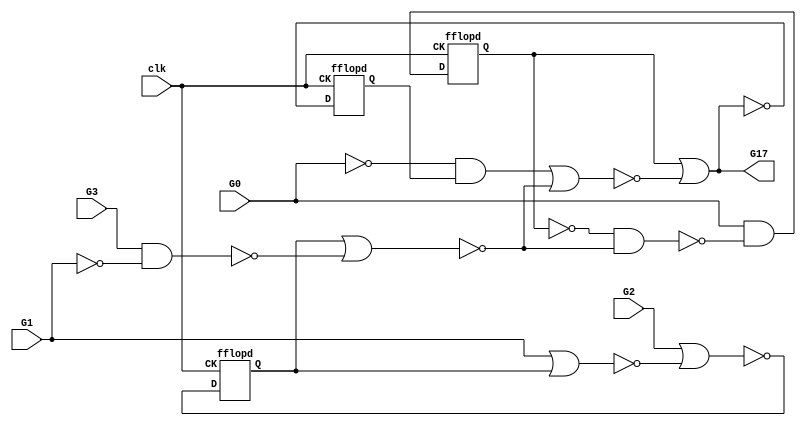

// Generated by Cadence Genus(TM) Synthesis Solution 16.22-s033_1
// Generated on: Jun 19 2020 15:25:45 EDT (Jun 19 2020 19:25:45 UTC)

// Verification Directory fv/s27

module s27(clk, G0, G1, G17, G2, G3);
  input clk, G0, G1, G2, G3;
  output G17;
  wire clk, G0, G1, G2, G3;
  wire G17;
  wire G5, G6, G7, n_0, n_1, n_2, n_3, n_4;
  wire n_5, n_6, n_7, n_8, n_9, n_10, n_11, n_12;
  wire n_20, n_21;
  fflopd DFF_0_Q_reg(.CK (clk), .D (n_12), .Q (G5));
  fflopd DFF_1_Q_reg(.CK (clk), .D (n_21), .Q (G6));
  not g543 (G17, n_20);
  not g545 (n_12, n_11);
  nand g546__7837 (n_11, G0, n_9);
  nor g548__7557 (n_10, n_7, n_8);
  nand g549__7654 (n_9, n_1, n_8);
  fflopd DFF_2_Q_reg(.CK (clk), .D (n_6), .Q (G7));
  nor g551__8867 (n_8, G7, n_4);
  not g553 (n_7, n_5);
  nor g550__1377 (n_6, G2, n_3);
  nand g554__3717 (n_5, n_2, G6);
  nand g552__4599 (n_4, G3, n_0);
  nor g555__3779 (n_3, G1, G7);
  not g557 (n_2, G0);
  not g556 (n_1, G5);
  not g558 (n_0, G1);
  nor g562__2007 (n_20, G5, n_10);
  nor g544_dup__1237 (n_21, G5, n_10);
endmodule


module fflopd(CK, D, Q);
  input CK, D;
  output Q;
  wire CK, D;
  wire Q;
  wire next_state;
  reg  qi;
  assign #1 Q = qi;
  assign next_state = D;
  always
    @(posedge CK)
      qi <= next_state;
  initial
    qi <= 1'b0;
endmodule